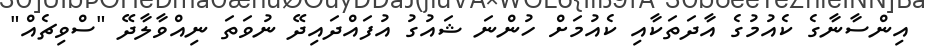
އިންސާނާގެ ކެއުމުގެ އާދަތަކާއި ކެއުމަށް ހުންނަ ޝައުގު އުފައްދައިދޭ ނުވަތަ ނިއްވާލާދޭ "ސްވިޗެއް"